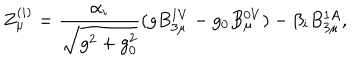
Z _ { \mu } ^ { ( i ) } = \frac { \alpha _ { i } } { \sqrt { g ^ { 2 } + g _ { 0 } ^ { 2 } } } ( g B _ { 3 \mu } ^ { 1 V } - g _ { 0 } B _ { \mu } ^ { 0 V } ) - \beta _ { i } B _ { 3 \mu } ^ { 1 A } ,